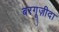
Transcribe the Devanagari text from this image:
बरगूज़ीदा